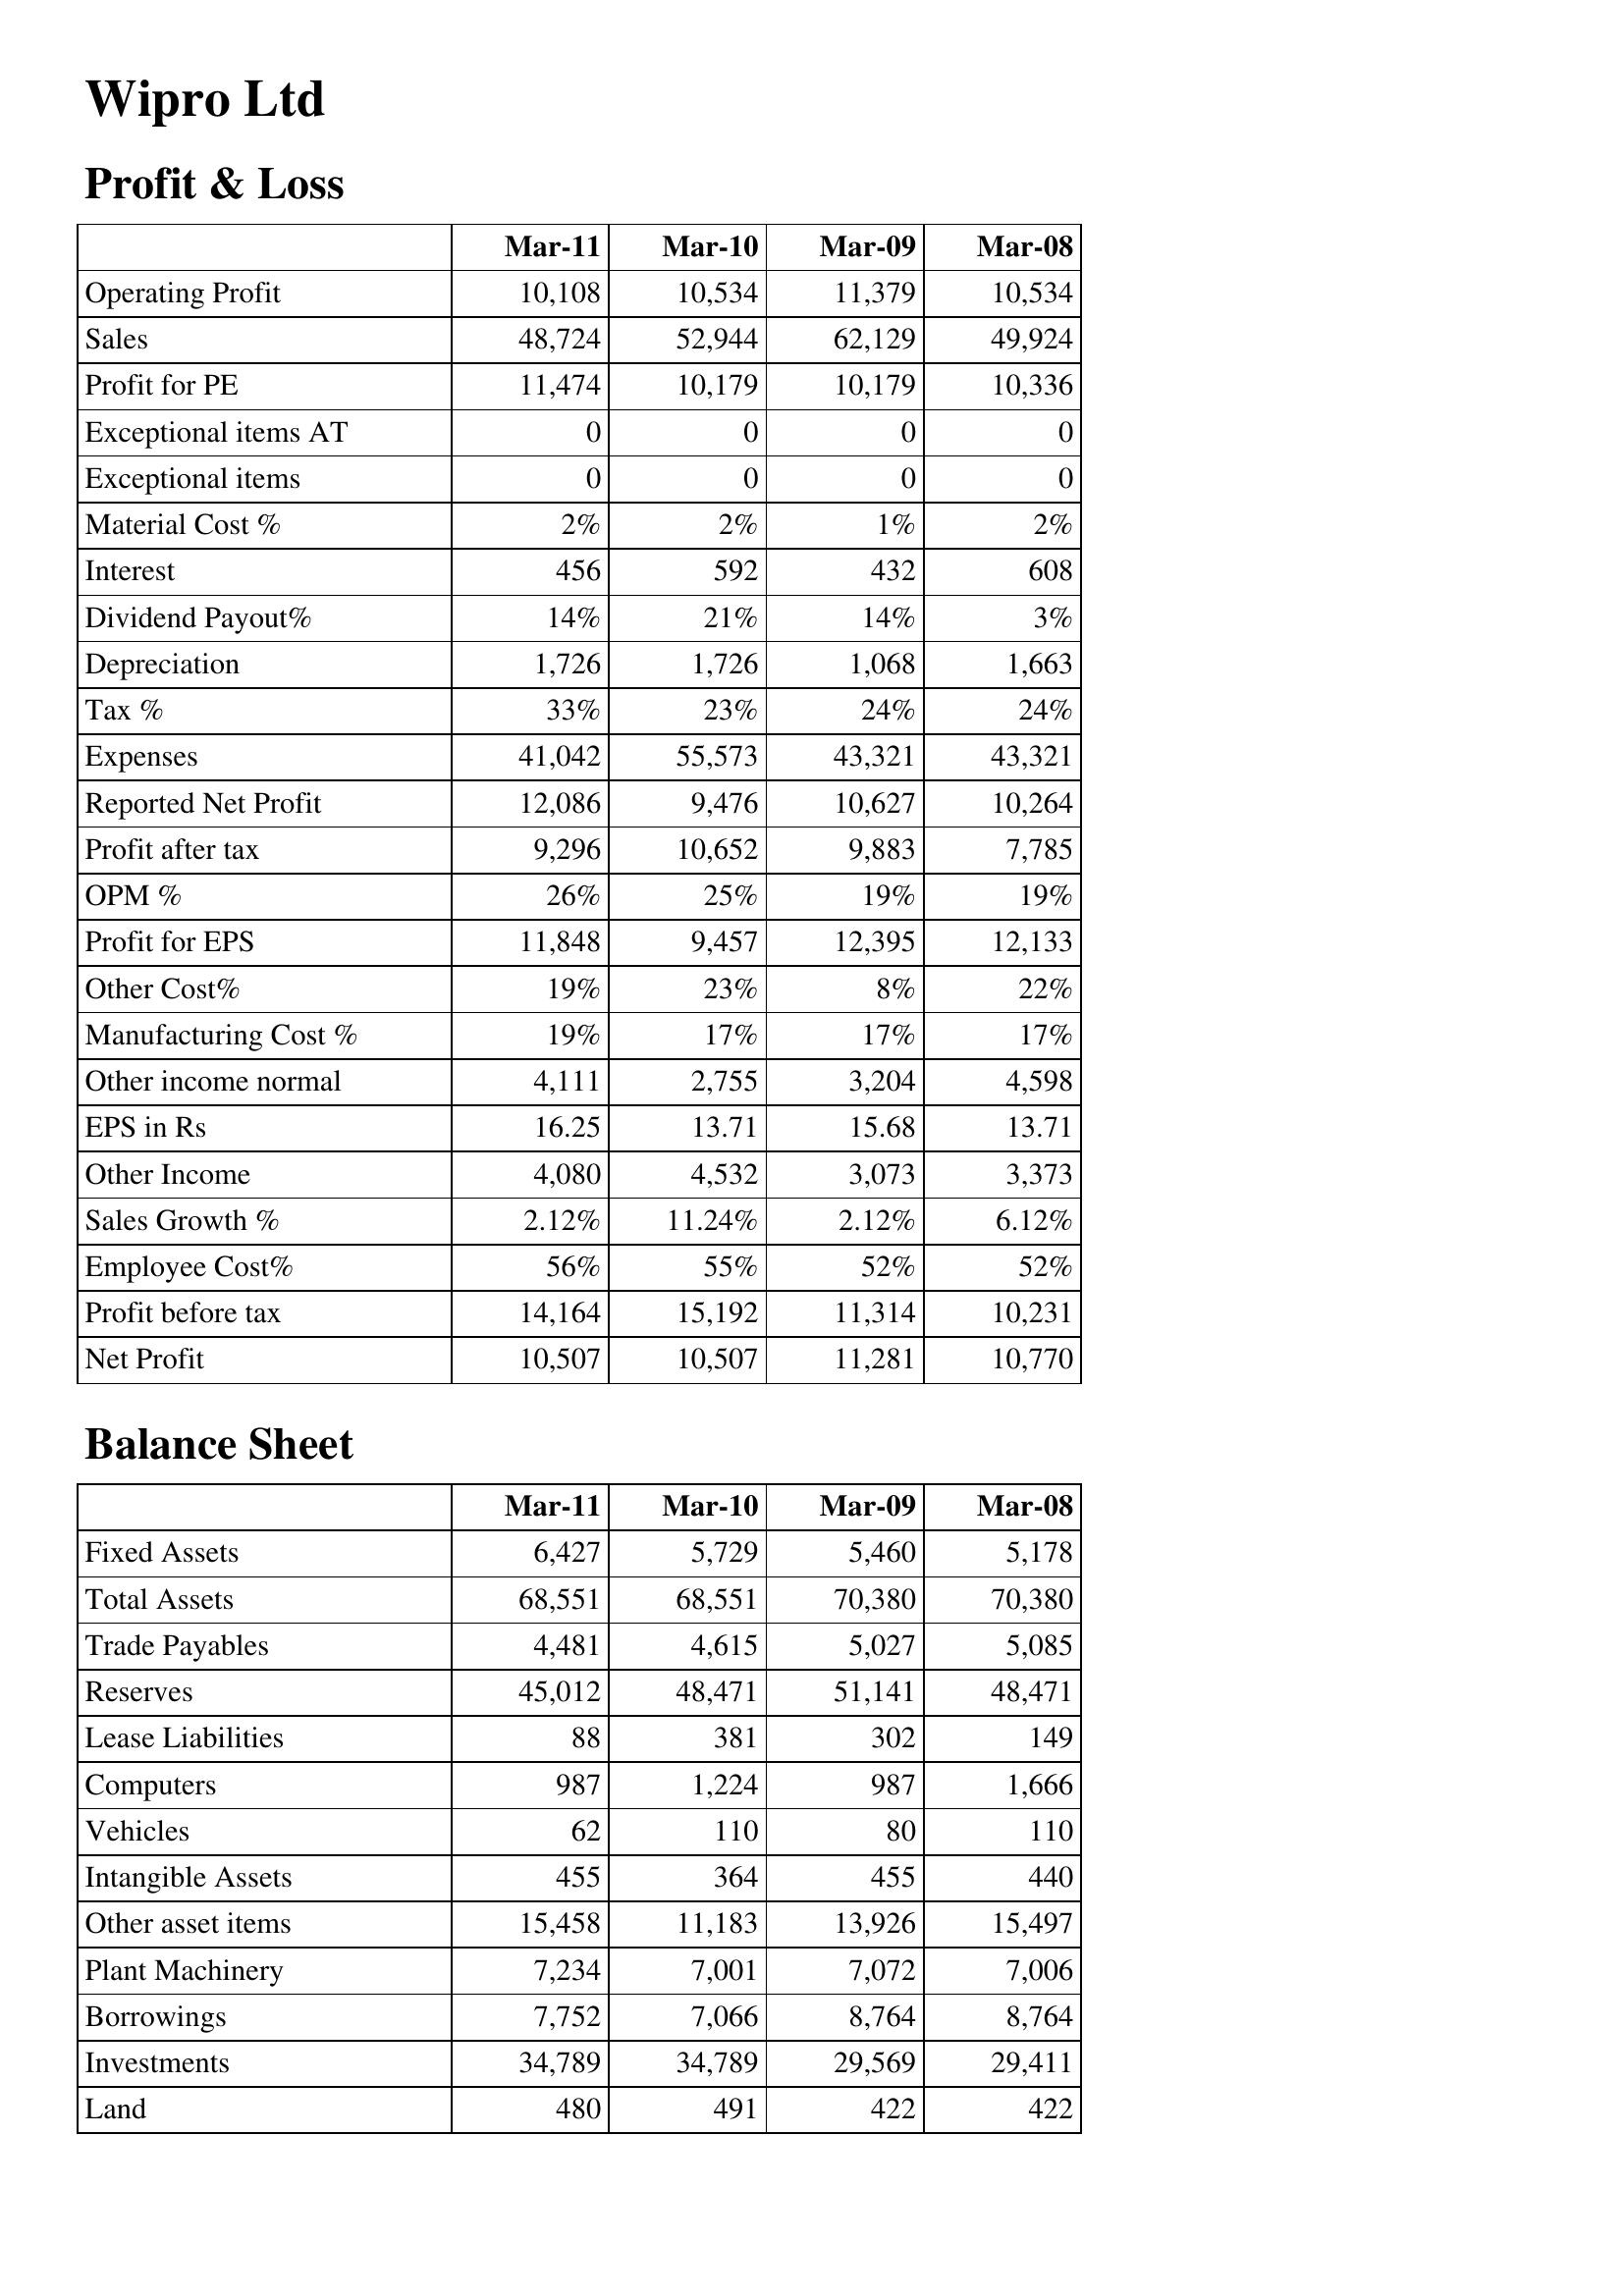
Mar-11: Profit & Loss: Operating Profit: 10,108
Sales: 48,724
Profit for PE: 11,474
Exceptional items AT: 0
Exceptional items: 0
Material Cost %: 2%
Interest: 456
Dividend Payout%: 14%
Depreciation: 1,726
Tax %: 33%
Expenses: 41,042
Reported Net Profit: 12,086
Profit after tax: 9,296
OPM %: 26%
Profit for EPS: 11,848
Other Cost%: 19%
Manufacturing Cost %: 19%
Other income normal: 4,111
EPS in Rs: 16.25
Other Income: 4,080
Sales Growth %: 2.12%
Employee Cost%: 56%
Profit before tax: 14,164
Net Profit: 10,507
Balance Sheet: Fixed Assets: 6,427
Total Assets: 68,551
Trade Payables: 4,481
Reserves: 45,012
Lease Liabilities: 88
Computers: 987
Vehicles: 62
Intangible Assets: 455
Other asset items: 15,458
Plant Machinery: 7,234
Borrowings: 7,752
Investments: 34,789
Land: 480
Mar-10: Profit & Loss: Operating Profit: 10,534
Sales: 52,944
Profit for PE: 10,179
Exceptional items AT: 0
Exceptional items: 0
Material Cost %: 2%
Interest: 592
Dividend Payout%: 21%
Depreciation: 1,726
Tax %: 23%
Expenses: 55,573
Reported Net Profit: 9,476
Profit after tax: 10,652
OPM %: 25%
Profit for EPS: 9,457
Other Cost%: 23%
Manufacturing Cost %: 17%
Other income normal: 2,755
EPS in Rs: 13.71
Other Income: 4,532
Sales Growth %: 11.24%
Employee Cost%: 55%
Profit before tax: 15,192
Net Profit: 10,507
Balance Sheet: Fixed Assets: 5,729
Total Assets: 68,551
Trade Payables: 4,615
Reserves: 48,471
Lease Liabilities: 381
Computers: 1,224
Vehicles: 110
Intangible Assets: 364
Other asset items: 11,183
Plant Machinery: 7,001
Borrowings: 7,066
Investments: 34,789
Land: 491
Mar-09: Profit & Loss: Operating Profit: 11,379
Sales: 62,129
Profit for PE: 10,179
Exceptional items AT: 0
Exceptional items: 0
Material Cost %: 1%
Interest: 432
Dividend Payout%: 14%
Depreciation: 1,068
Tax %: 24%
Expenses: 43,321
Reported Net Profit: 10,627
Profit after tax: 9,883
OPM %: 19%
Profit for EPS: 12,395
Other Cost%: 8%
Manufacturing Cost %: 17%
Other income normal: 3,204
EPS in Rs: 15.68
Other Income: 3,073
Sales Growth %: 2.12%
Employee Cost%: 52%
Profit before tax: 11,314
Net Profit: 11,281
Balance Sheet: Fixed Assets: 5,460
Total Assets: 70,380
Trade Payables: 5,027
Reserves: 51,141
Lease Liabilities: 302
Computers: 987
Vehicles: 80
Intangible Assets: 455
Other asset items: 13,926
Plant Machinery: 7,072
Borrowings: 8,764
Investments: 29,569
Land: 422
Mar-08: Profit & Loss: Operating Profit: 10,534
Sales: 49,924
Profit for PE: 10,336
Exceptional items AT: 0
Exceptional items: 0
Material Cost %: 2%
Interest: 608
Dividend Payout%: 3%
Depreciation: 1,663
Tax %: 24%
Expenses: 43,321
Reported Net Profit: 10,264
Profit after tax: 7,785
OPM %: 19%
Profit for EPS: 12,133
Other Cost%: 22%
Manufacturing Cost %: 17%
Other income normal: 4,598
EPS in Rs: 13.71
Other Income: 3,373
Sales Growth %: 6.12%
Employee Cost%: 52%
Profit before tax: 10,231
Net Profit: 10,770
Balance Sheet: Fixed Assets: 5,178
Total Assets: 70,380
Trade Payables: 5,085
Reserves: 48,471
Lease Liabilities: 149
Computers: 1,666
Vehicles: 110
Intangible Assets: 440
Other asset items: 15,497
Plant Machinery: 7,006
Borrowings: 8,764
Investments: 29,411
Land: 422